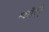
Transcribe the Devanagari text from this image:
म्यॉरी